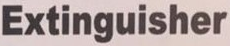
Extinguisher